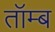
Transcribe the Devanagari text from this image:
तॉम्ब